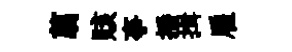
翦賅亊播揖雇